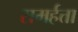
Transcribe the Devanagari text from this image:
समर्हत्ता